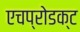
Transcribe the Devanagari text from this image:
एचप्रोडक्ट